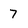
Character: 7